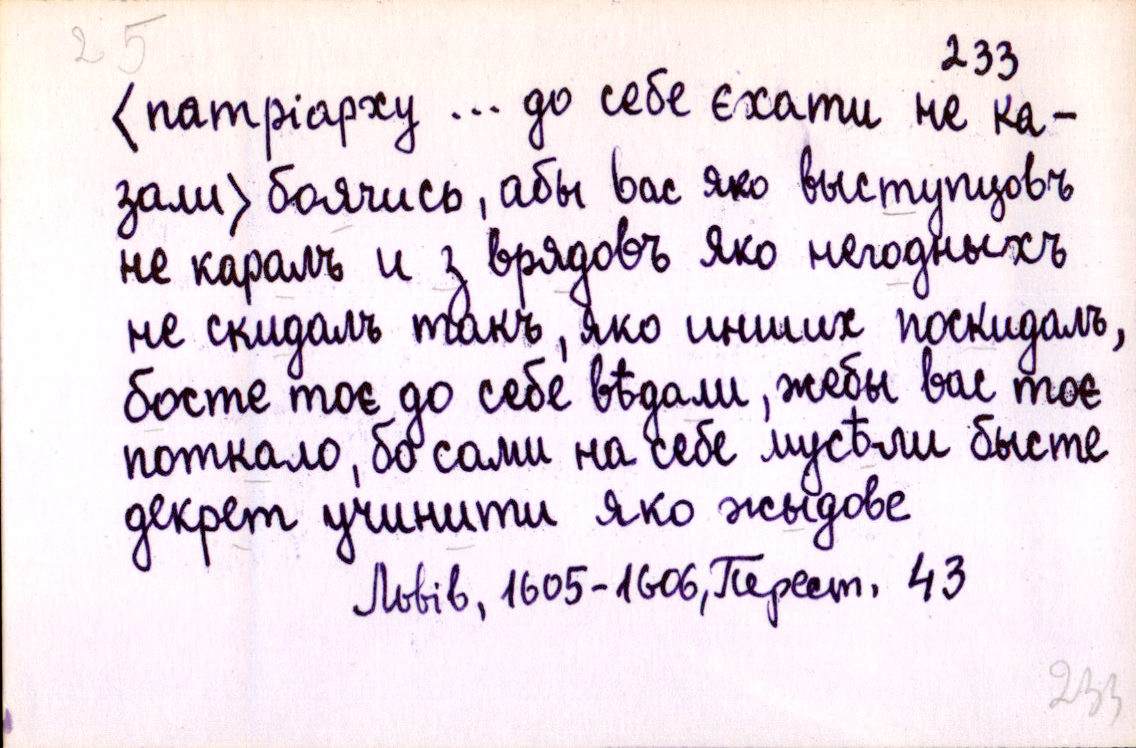
〈патріарху … до себе єхати не ка-
зали〉 боячись, абы вас яко выступцовъ
не каралъ и з врядовъ яко негодныхъ
не скидалъ такъ, яко инших поскидалъ,
босте тоє до себе вѣдали, жебы вас тоє
поткало, бо сами на себе мусѣли бысте
декрет учинити яко жыдове
Львів, 1605-1606, Перест. 43